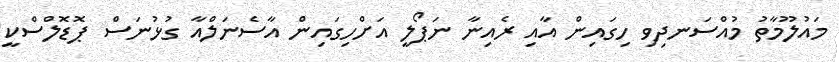
މައުލޫމާތު މުއްސަނދިވި ހިގައިން އާއި ރެއިނާ ނަޕޯލީ އަށްހިގައިން އާސެނަލްއާ ގުޅުނަސް ޕޮޑޮލްސްކީ